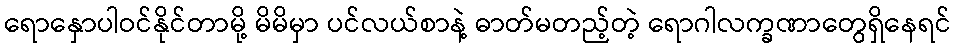
ရောနှောပါဝင်နိုင်တာမို့ မိမိမှာ ပင်လယ်စာနဲ့ ဓာတ်မတည့်တဲ့ ရောဂါလက္ခဏာတွေရှိနေရင်